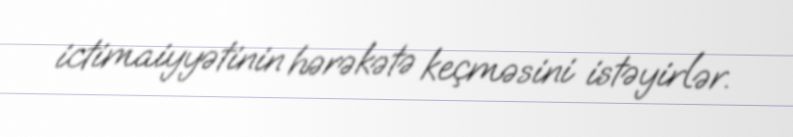
ictimaiyyətinin hərəkətə keçməsini istəyirlər.